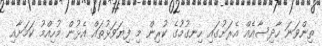
ތިންވަނަ ހާދިސާއެއް އެރަށުގައި ހިނގުމުގެ ކުރިން މި ފިޔަވަޅުތައް އެޅުން މުހިއްމު ކަމަށާއި